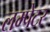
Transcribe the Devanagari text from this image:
लम्पेटर